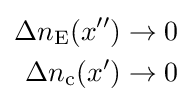
{\begin{aligned}\Delta n_{\text{E}}(x'')&\rightarrow 0\\\Delta n_{\text{c}}(x')&\rightarrow 0\end{aligned}}